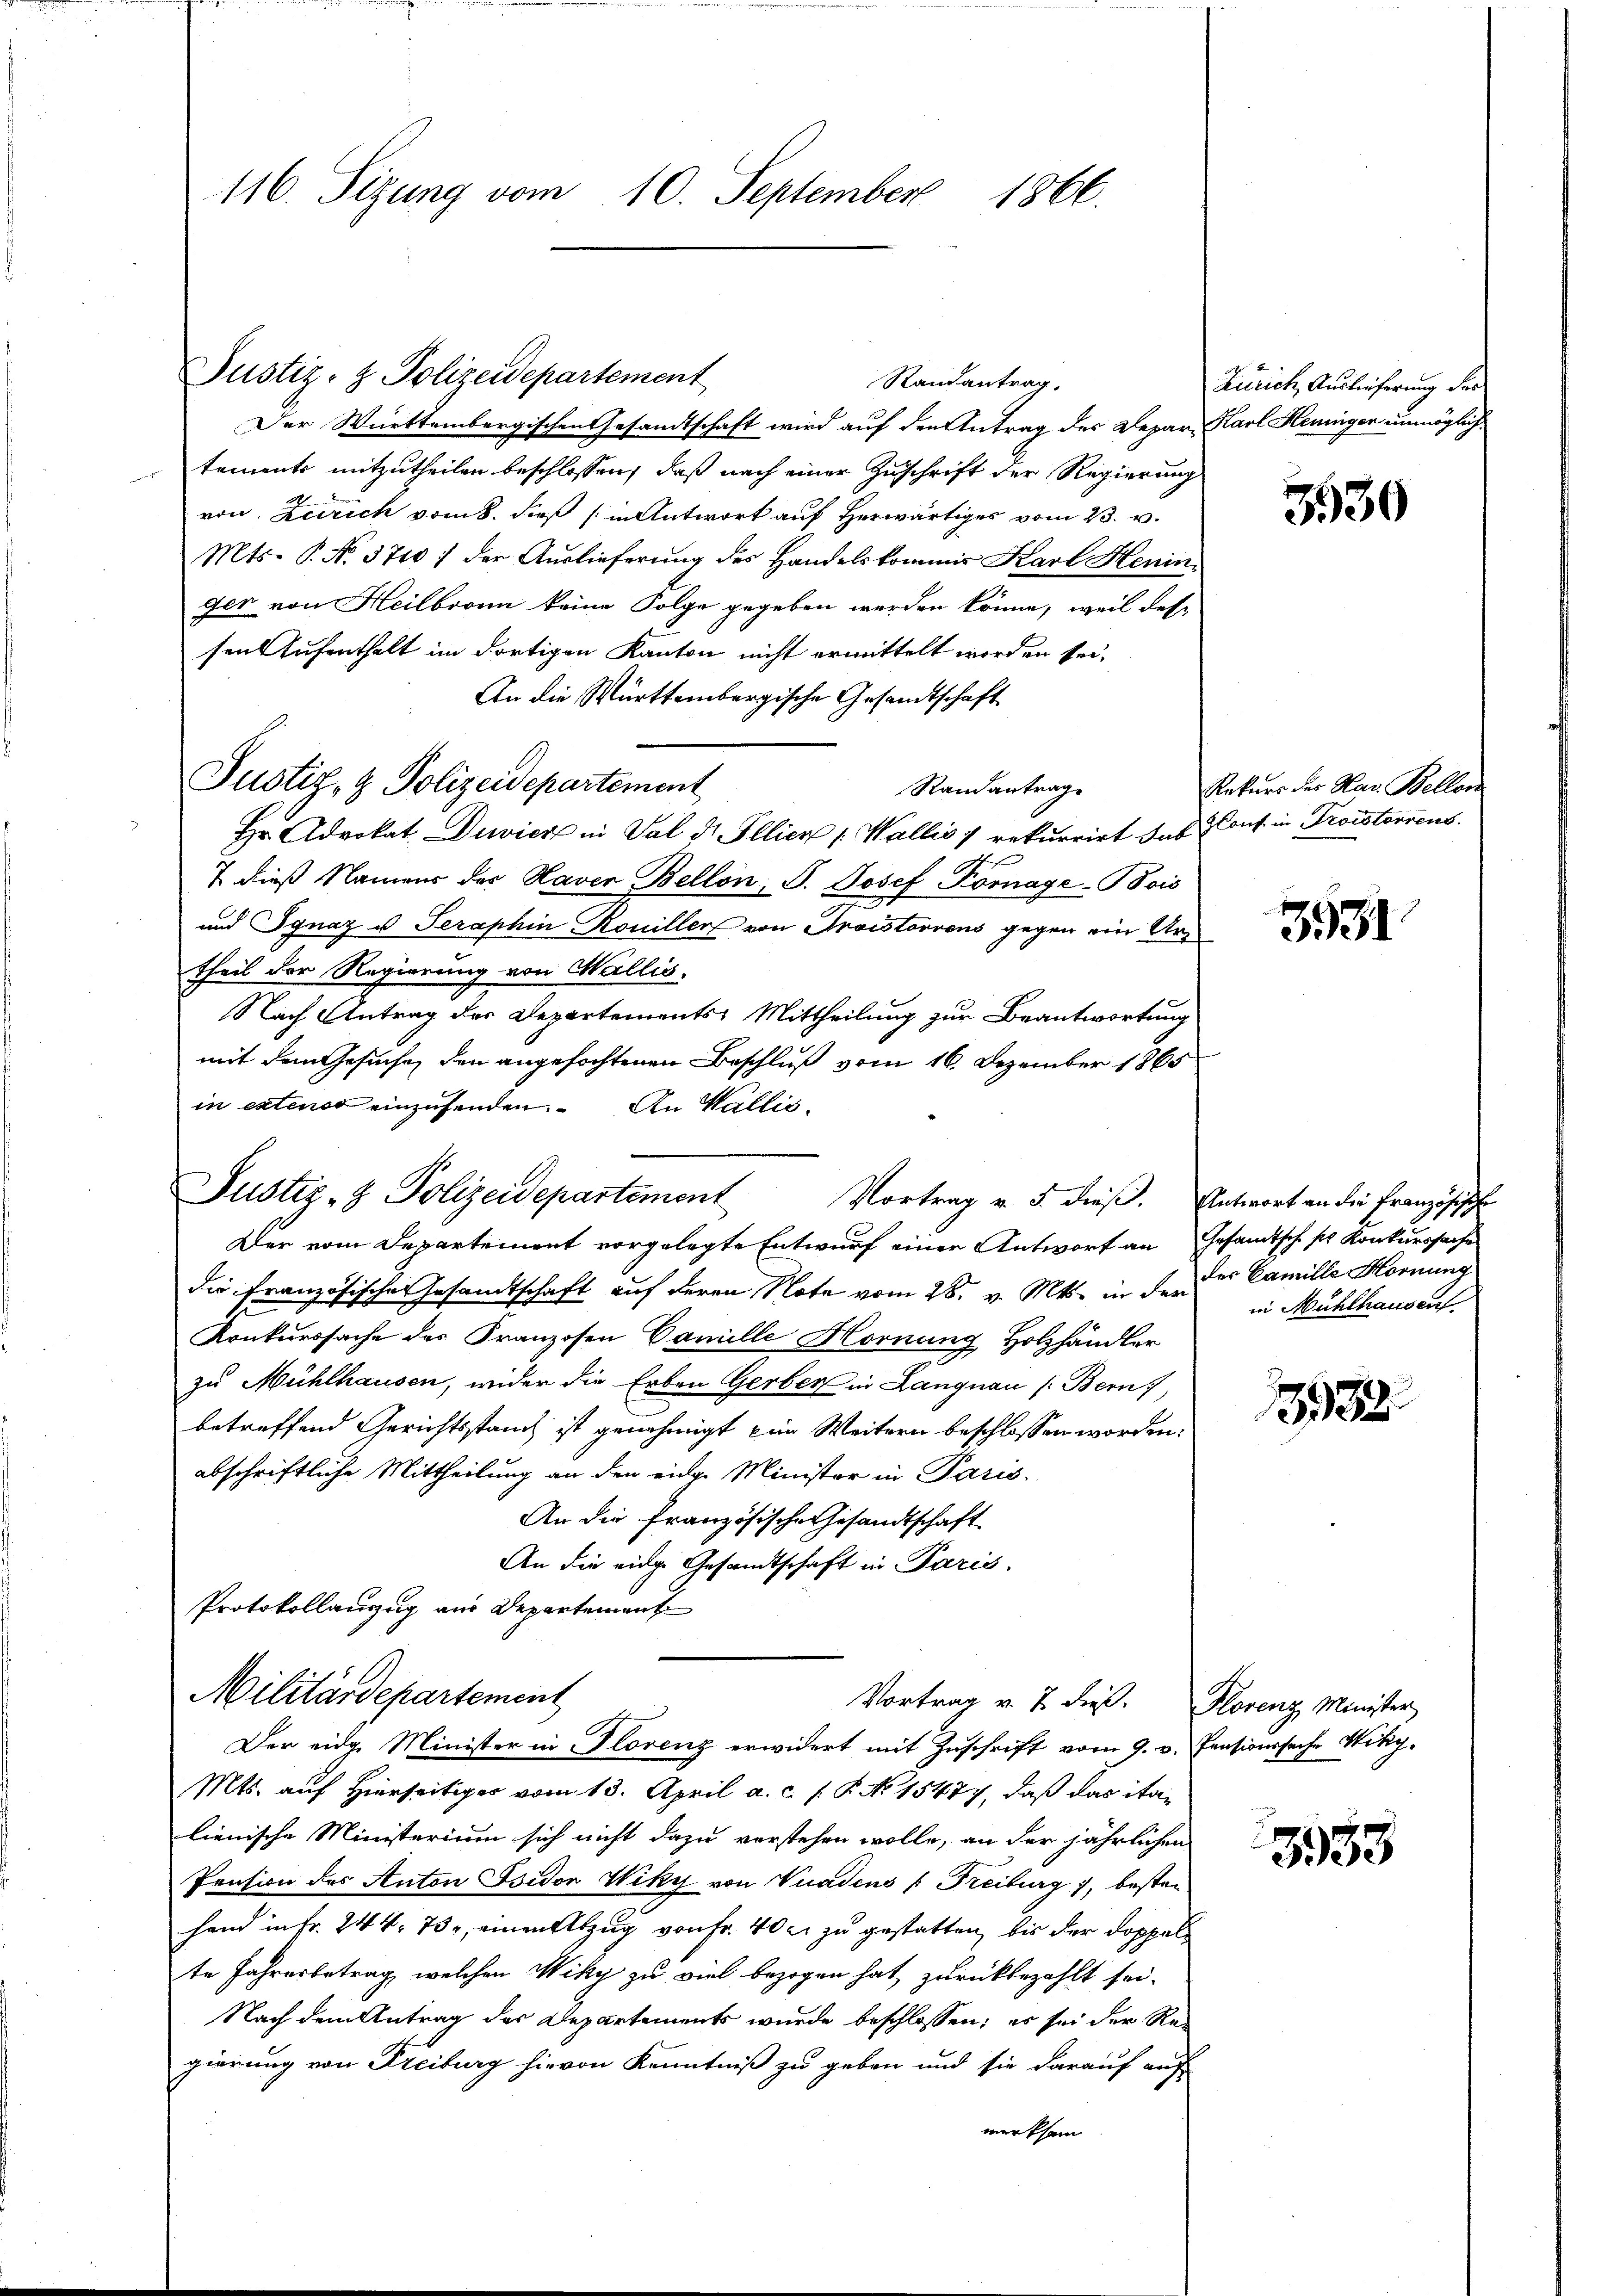
116. Sitzung vom 10. September 1866.

Justiz- & Polizeidepartement
Randantrag.
Der Württembergischen Gesandtschaft wird auf den Antrag des Depar
tements mitzutheilen beschlossen, daß nach einer Zuschrift der Regierung
von Zürich vom 8. dieß (in Antwort auf herwärtiges vom 23. v.
Mts. P. No. 3710 / der Auslieferung des Handelskommis Karl Henin
ger von Heilbronn keine Folge gegeben werden könne, weil dessen Aufenthalt im dortigen Kanton nicht ermittelt worden sei.
An die Württembergische Gesandtschaft
Randantrag
Hr. Advokat Deier in Val dr. Illier [Wallis 1 rekurrirt das Cons. in Troistoriens
7 dieß Namens der Haver Bellon, P. Josef Komaye-Bois
und Jgnaz u. Seraphin Rouiller von Aroistorvons gegen ein Urtheil der Regierung von Wallis.
Nach Antrag des Departements Mittheilung zur Beantwortung
mit dem Gesuche, den angefochtenen Beschluß vom 16. Dezember 1865
in extenso einzusenden. An Wallis,
Justiz- & Polizeidepartement
Der vom Departement vorgelegte Entwurf einer Antwort an Gesamtsch sch Konkurssache
die französischen Gesandtschaft auf deren Note vom 28. v. Mts. in den der Camille Hornung
Konkurssache der Franzosen Camille Hornung Holzhändler
zu Mühlhausen, wider die Erben Gerber in Langnau (Bern,
betreffend Gerichtsstand ist genehmigt ein Weitern beschlossen worden.
abschriftliche Mittheilung an den eidge Minister in Paris.
An die französische Gesandtschaft
An die eige Gesandtschaft in Paris.
Protokollauszug aus Departement

Justiz- & Polizeidepartement

Militärdepartement
Vortrag u. 7 dieß. Florenz Minister

Der eidg. Minister in Florenz erwidert mit Zuschrift vom 9. v. Pensionssache Wiky¬
Mts. auf Hierseitiger vom 13. April a. c. s. P. No 15477, daß das italienische Ministerium sich nicht dazu verstehen wolle, an der jährlichen
Pension des Anton Isidor Wiky von Vuadens (Freiburg, besten
Hand in Fr. 244. 73, einen Abzug von Fr. 40c zu gestatten, bis der Doppelte Jahresbetrag, welchen Wiky zu viel bezogen hat, zurückbezahlt sei.
Nach dem Antrag des Departements wurde beschlossen; es sei der Regierung von Freiburg hievon Kenntniß zu geben und sie darauf auf
merksam

Zürich, Auslieferung der
u Karl Henniger unmöglich

3930

Rekurs des Har. Bellen

3931

Vortrag v. 5. dieß. Antwort an die Französische
in Mühlhausen

3932.

3953